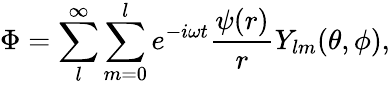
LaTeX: \Phi=\sum_{l}^{\infty}\sum_{m=0}^{l}e^{-i\omega t}\frac{\psi(r)}{r}Y_{lm}(\theta,\phi),